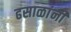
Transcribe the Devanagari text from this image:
ढसाळांनी